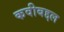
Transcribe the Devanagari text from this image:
कवीबद्दल